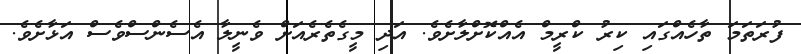
ފުރަތަމަ ތާހެއްގައި ކިރު ކްރީމް އެއްކޮށްލާށެވެ. އަދި މީގެތެރެއަށް ވެނީލާ އެސެންސްވެސް އަޅާށެވެ.